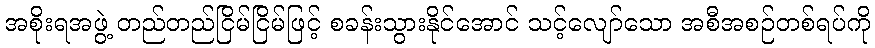
အစိုးရအဖွဲ့ တည်တည်ငြိမ်ငြိမ်ဖြင့် စခန်းသွားနိုင်အောင် သင့်လျော်သော အစီအစဉ်တစ်ရပ်ကို